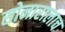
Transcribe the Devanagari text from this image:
सोनारालाच